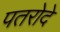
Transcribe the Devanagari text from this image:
पतरोदे